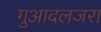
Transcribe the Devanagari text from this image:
गुआदलजरा